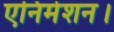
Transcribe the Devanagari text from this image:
एनिमेशन।